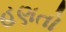
હણતો